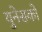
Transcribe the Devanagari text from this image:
युनेसको